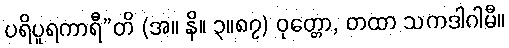
ပရိပူရကာရီ”တိ (အ။ နိ။ ၃။၈၇) ဝုတ္တော, တထာ သကဒါဂါမီ။